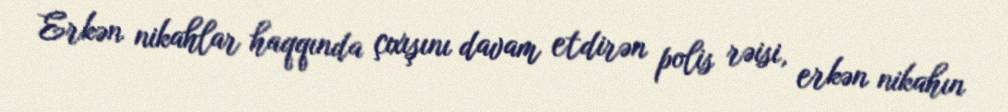
Erkən nikahlar haqqında çıxışını davam etdirən polis rəisi, erkən nikahın